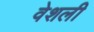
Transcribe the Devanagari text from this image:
वेशली